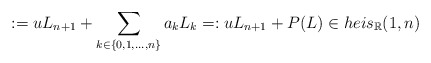
\begin{align*}:= uL_{n+1} + \sum_{k\in\{0,1,\dots,n\}}a_kL_{k}=:uL_{n+1}+P(L) \in heis_\mathbb{R}(1,n)\end{align*}